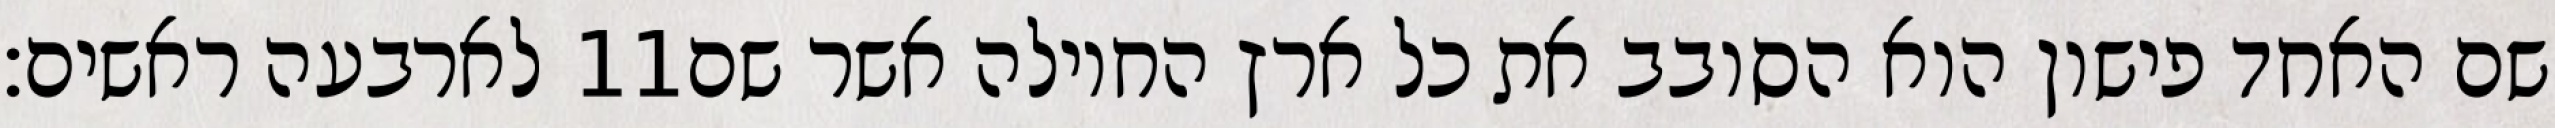
לארבעה ראשים׃ ‎11‏ שם האחד פישון הוא הסובב את כל ארץ החוילה אשר שם